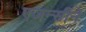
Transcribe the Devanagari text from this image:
एजन्सीने